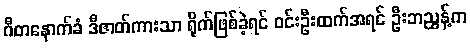
ဂီတနောက်ခံ ဒီဇာတ်ကားသာ ရိုက်ဖြစ်ခဲ့ရင် ဝင်းဦးထက်အရင် ဦးဘညွန့်က